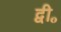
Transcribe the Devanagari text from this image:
द्वी॰